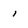
Character: 1